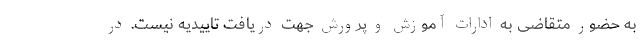
به حضور متقاضی به ادارات آموزش و پرورش جهت دریافت تاییدیه نیست. در